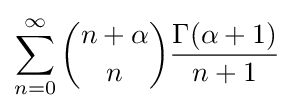
\sum _{n=0}^{\infty }{\binom {n+\alpha }{n}}{\frac {\Gamma (\alpha +1)}{n+1}}